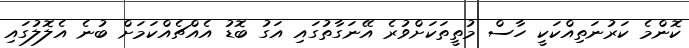
ކޮންމެ ކަރުނަތިއްކަކީ ހާސް މުތީތަކަށްވުރެ އޭނަގާތުގައި އަގު ބޮޑު އެއްޗެއްކަމަށް ބުނެ އެލޮލުގައި